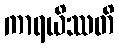
ကာရယိဿတိ